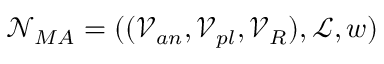
\mathcal { N } _ { M A } = ( ( \mathcal { V } _ { a n } , \mathcal { V } _ { p l } , \mathcal { V } _ { R } ) , \mathcal { L } , w )